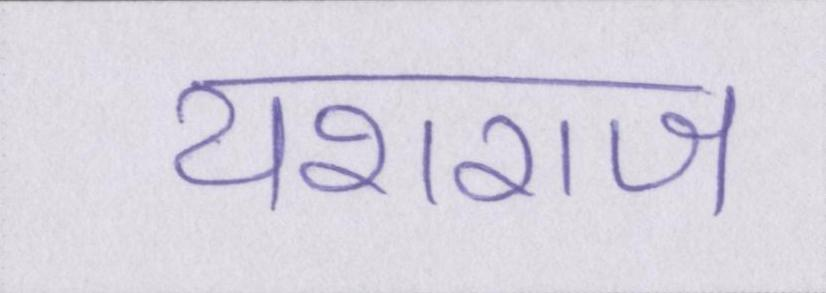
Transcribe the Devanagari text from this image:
यशराज